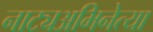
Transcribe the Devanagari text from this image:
नाट्यअभिनेत्या